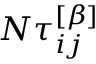
N \tau _ { i j } ^ { \left[ \beta \right] }